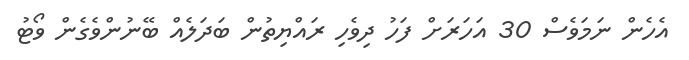
އެހެން ނަމަވެސް 30 އަހަރަށް ފަހު ދިވެހި ރައްޔިތުން ބަދަލެއް ބޭނުންވެގެން ވޯޓު